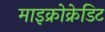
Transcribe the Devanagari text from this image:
माइक्रोक्रेडिट